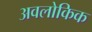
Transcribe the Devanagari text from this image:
अवलोकिक